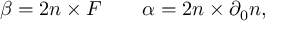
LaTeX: \beta = 2 n \times { \cal F } \qquad \alpha = 2 n \times \partial _ { 0 } n ,